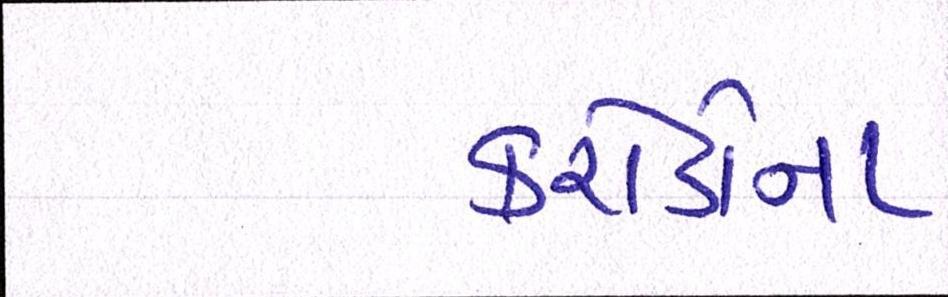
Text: કરોડોના